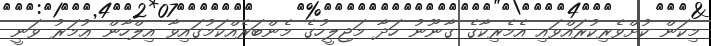
މިކަން ކުށްވެރިކުރައްވައި އެމެރިކާގެ ގާނޫނު ހަދާ މަޖިލީހުގެ މެންބަރެއްކަމުގައިވާ އިލްހާން ޢުމަރު ވަނީ